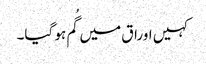
کہیں اوراق میں گُم ہو گیا۔